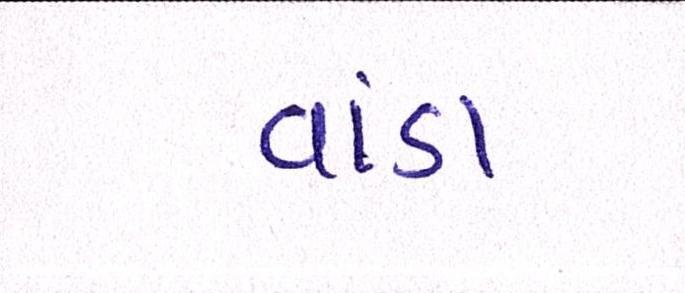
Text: વાંડા